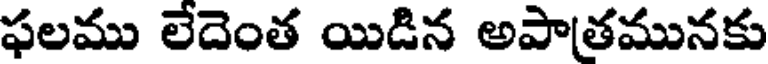
ఫలము లేదెంత యిడిన అపాతమునకు